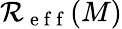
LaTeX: \mathcal{R}_{\mathrm{{~e~f~f~}}}(M)